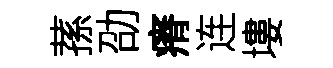
蓀劭瘠连塿